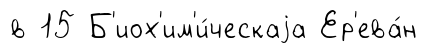
в 15 Б'иох'им'и́ческаjа Ер'ева́н